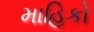
માહિકો